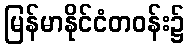
မြန်မာနိုင်ငံတဝန်း၌